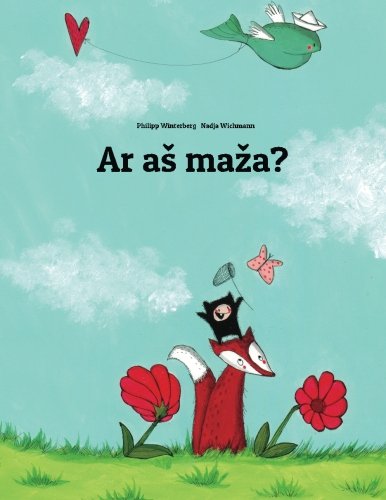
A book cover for Ar as maza?: Iliustruotas Philipp Winterberg ir Nadja Wichmann pasakojimas (Lithuanian Edition); Philipp Winterberg; Children's Books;